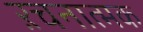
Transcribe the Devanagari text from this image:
ऱचनात्मक